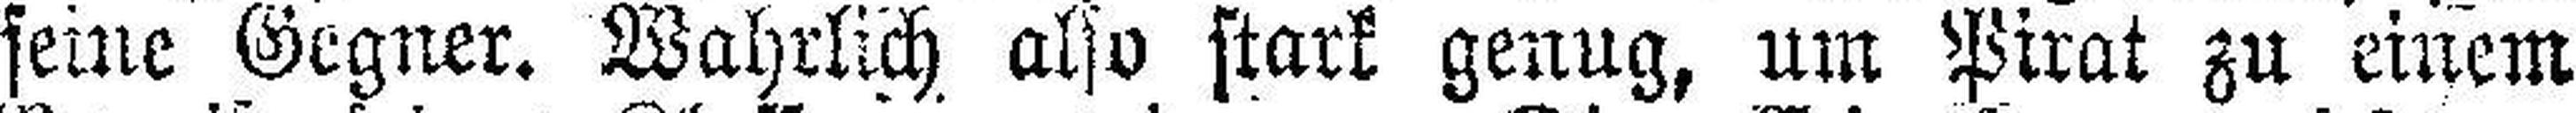
seine Geginr. Wahrlich also stark genug, um Pirat zu einem